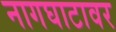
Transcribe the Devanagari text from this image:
नागघाटावर